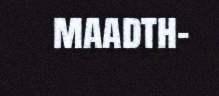
maadth-